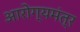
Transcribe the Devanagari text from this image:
आरोग्यमंत्र